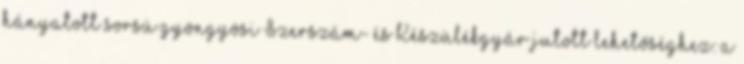
hányatott sorsú gyöngyösi Szerszám- és Készülékgyár jutott lehetőséghez: a